Annual report on the lock hospitals of the Madras Presidency
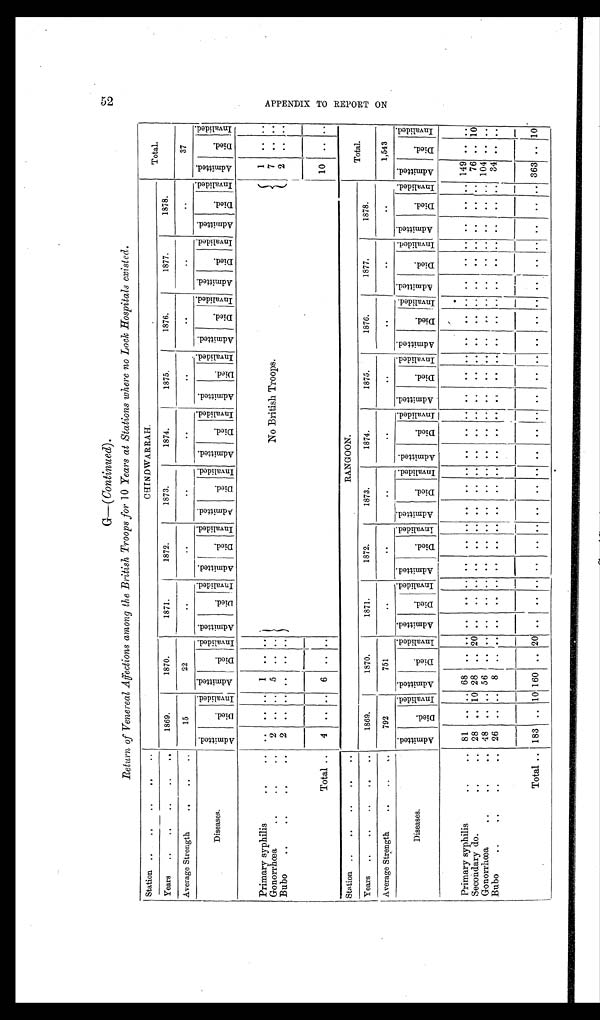
G—( Continued)
Return of Venereal Affections among the British Troops for 10 Years at Stations where no Lock Hospitals existed.
Station .. ..
..
..
..
CHINDWARRAH.
Total.
Years .. .. .. ..
1869.
1870.
1871.
1872.
1873.
1874.
1875.
1876.
1877.
1878.
15
22
. .
. .
. .
..
..
. .
. .
..
37
Average Strength
.. ..
..
A d m i t t e d .
Di ed.
Inval i ded.
A d m i t t e d .
D i e d .
Inval i ded.
A d m i t t e d .
D i e d .
I nval i ded. A d m i t t e d .
Di e d .
I nval i ded.
Diseases.
A d m i t t e d .
D i e d .
I nval i ded.
A d m i t t e d .
D i e d .
I nval i ded.
A d m i t t e d .
Di ed.
I nval i ded.
A d m i t t e d .
D i e d .
I nval i ded.
A d m i t t e d .
Di e d .
I n v a l i d e d .
A d m i t t e d .
Di e d .
Inval i ded. A d m i t t e d .
D i e d .
I nval i ded.
Primary syphilis
..
..
. .
. . ..
1
.. ..
No British Troops.
1
. .
. .
7
. .
. .
Gonorrhœa
..
..
..
2
. . ..
5
. .
. .
2
. .
. .
Bubo
..
..
..
..
2
. . ..
. .
. .
. .
Total ..
4
. . ..
6
. .
. .
10
.. ..
Station ..
..
..
..
..
RANGOON.
Total.
Years
..
..
..
..
..
1869.
1870.
1871.
1872.
1873.
1874.
1875.
1876.
1877.
1878.
Average Strength
..
..
..
792
751
..
..
. .
..
. .
. .
. .
..
1,543
A d m i t t e d .
D i e d .
I nval i ded. A d m i t t e d .
D i e d .
I n v a l i d e d . A d m i t t e d .
D i e d .
I n v a l i d e d .
Diseases.
A d m i t t e d .
D i e d .
I nval i ded. Admi t t ed.
D i e d .
I n v a l i d e d .
A d m i t t e d .
D i e d .
Inval i ded.
Admi tted.
Di ed.
I nval i ded.
Admi tted.
D i e d .
I nval i ded.
A d m i t t e d .
D i e d .
I nval i ded. A d m i t t e d .
D i e d .
I nval i ded. A d m i t t e d .
Di ed.
I nval i ded.
Primary syphilis
. . . .
8 1
. . ..
68
. .
. .
. .
. .
. .
. .
. . ..
. .
. .
. . ..
. .
. .
. .
. .
. .
. . ..
. .
..
. .
..
. .
. .
.. 149 .. ..
7 6
. .
1 0
. .
Secondary do.
..
2 8
. . 10 28
. .
2 0
. .
. .
. .
. .
. . ..
. .
. .
. . ..
. .
. .
1 0 4
. .
. .
Gonorrhœa
.. ..
..
4 8
. . ..
56
. .
. .
. .
. .
. .
. .
. . ..
. .
. .
. . ..
. .
. .
. .
. .
. .
. . ..
. .
..
. .
..
. .
. .
. .
3 4
. .
. .
Bubo
..
..
..
..
26
.. ..
8
. .
. . ..
..
. .
. .
. . ..
. .
.. ..
..
. .
. .
. .
. .
..
. .
..
. .
..
. .
..
. .
. .
. .
Total .. 183 .. 10 160 .. 20 ..
.. .. ..
. . .. ..
.. .. ..
.. .. ..
.. .. ..
..
. .
..
. .
..
. .
. .
. . 363 .. 10
5 2 A P P E N D I X T O R E P O R T O N